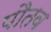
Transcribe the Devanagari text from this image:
पौतव